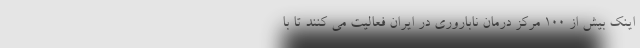
اینک بیش از ۱۰۰ مرکز درمان ناباروری در ایران فعالیت می کنند تا با